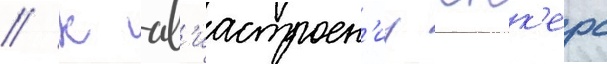
// К ав'иастроен'иу юнк'ерс